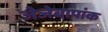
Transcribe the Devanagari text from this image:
जेजेबापांक